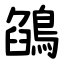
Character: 鵮